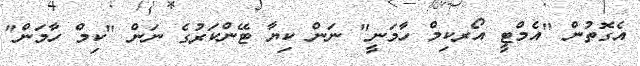
އެގޮތުން "އެމްޓީ އޯރކިމް ހާމަނީ" ނަން ކިޔާ ޓޭންކަރުގެ ނަން "ކިމް ހާމަން"